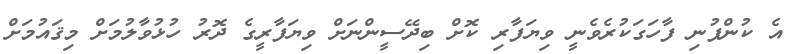
އެ ކުންފުނި ފާހަގަކުރެވެނީ ވިޔަފާރި ކޮށް ބިދޭސީންނަށް ވިޔަފާރީގެ ދޮރު ހުޅުވާލުމަށް މިޤައުމަށް